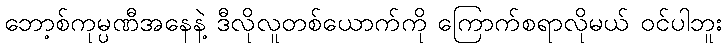
ဘော့စ်ကုမ္ပဏီအနေနဲ့ ဒီလိုလူတစ်ယောက်ကို ကြောက်စရာလိုမယ် ဝင်ပါဘူး